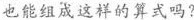
也能组成这样的算式吗?